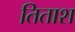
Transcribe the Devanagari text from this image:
तिताश